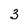
Character: 3